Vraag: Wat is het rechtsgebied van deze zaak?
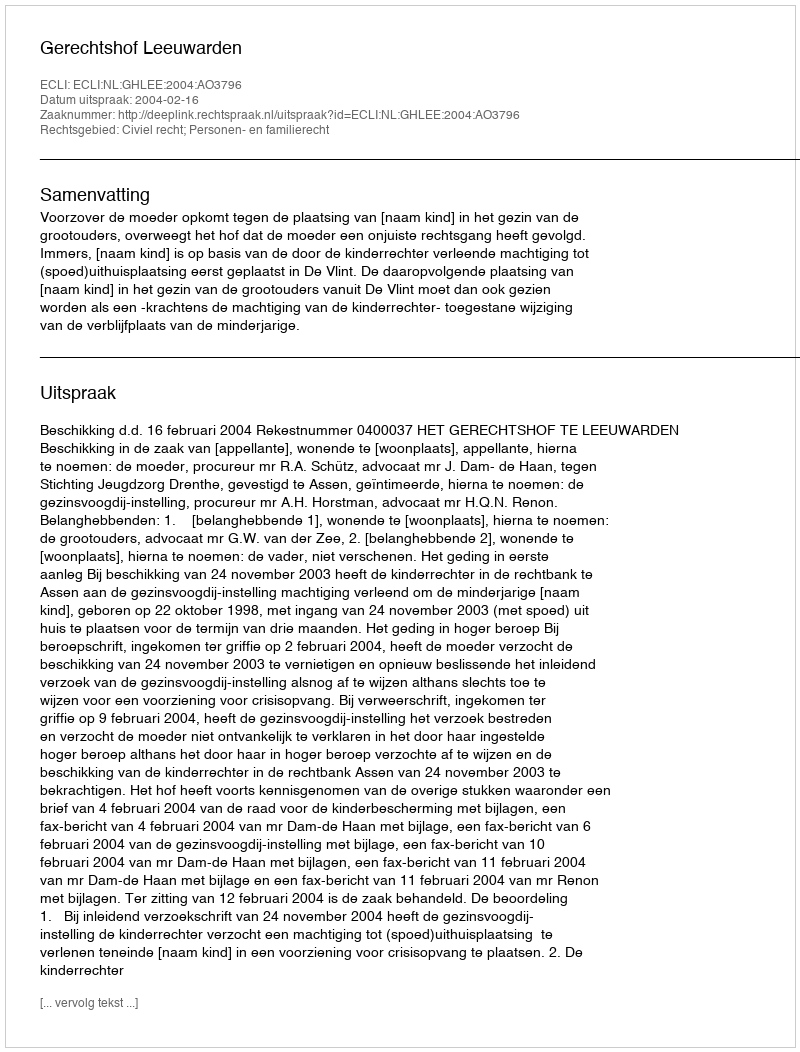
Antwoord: Civiel recht; Personen- en familierecht